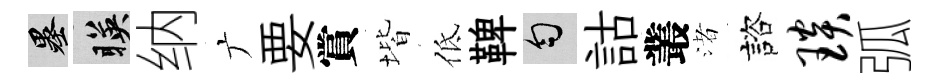
墨暎纳广要賞堦低鞞匀詁叢渚諮琰弧